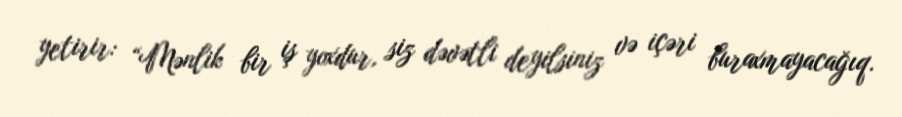
yetirir: “Mənlik bir iş yoxdur, siz dəvətli deyilsiniz və içəri buraxmayacağıq.